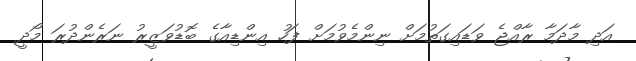
އަދި މާދަމާ ރާއްޖެ ވަޑައިގަތުމަށް ނިންމެވުމަށް ފަހު އިންޑިއާގެ ބޮޑުވަޒީރު ނަރެންދުރަ މޯދީ